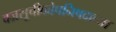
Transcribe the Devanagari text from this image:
वज्रसूचीकोपनिषदाच्या